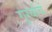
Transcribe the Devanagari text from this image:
गुरवांचं